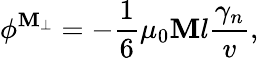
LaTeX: \phi^{\mathbf{M}_{\perp}}=-{\frac{{1}}{{6}}}\mu_{0}\mathbf{M}l{\frac{{\gamma_{n}}}{{v}}},